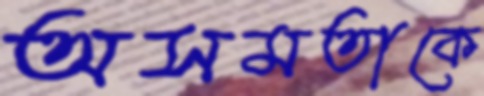
অসমতাকে